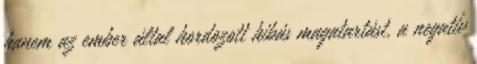
hanem az ember által hordozott hibás magatartást, a negatív